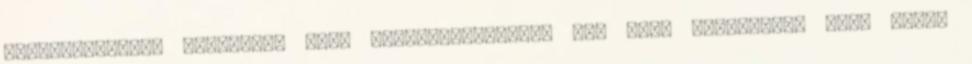
legizgalmasabb feladatok vagy versenyhelyzetek sem eleg izgalmasak mar. Igen,